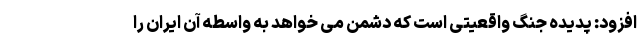
افزود: پدیده جنگ واقعیتی است که دشمن می خواهد به واسطه آن ایران را